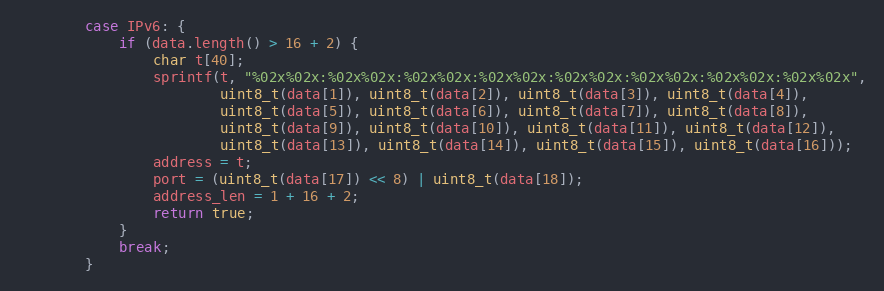
Language: C++
        case IPv6: {
            if (data.length() > 16 + 2) {
                char t[40];
                sprintf(t, "%02x%02x:%02x%02x:%02x%02x:%02x%02x:%02x%02x:%02x%02x:%02x%02x:%02x%02x",
                        uint8_t(data[1]), uint8_t(data[2]), uint8_t(data[3]), uint8_t(data[4]),
                        uint8_t(data[5]), uint8_t(data[6]), uint8_t(data[7]), uint8_t(data[8]),
                        uint8_t(data[9]), uint8_t(data[10]), uint8_t(data[11]), uint8_t(data[12]),
                        uint8_t(data[13]), uint8_t(data[14]), uint8_t(data[15]), uint8_t(data[16]));
                address = t;
                port = (uint8_t(data[17]) << 8) | uint8_t(data[18]);
                address_len = 1 + 16 + 2;
                return true;
            }
            break;
        }